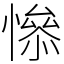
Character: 𢡖